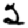
Digit: 2